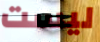
ليست